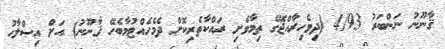
ޤާނޫނު ނަންބަރު 4/93 (ދިވެހިރާއްޖޭގެ ތިމާވެށި ރައްކާތެރިކޮށް ދެމެހެއްޓުމާބެހޭ ޤާނޫނު) އަށް އިޞްލާޙު